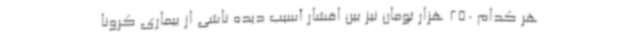
هر کدام 250 هزار تومان نیز بین اقشار آسیب دیده ناشی از بیماری کرونا